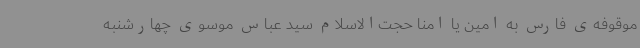
موقوفه‌ی فارس به امین یا امنا حجت‌الاسلام سید عباس موسوی چهارشنبه